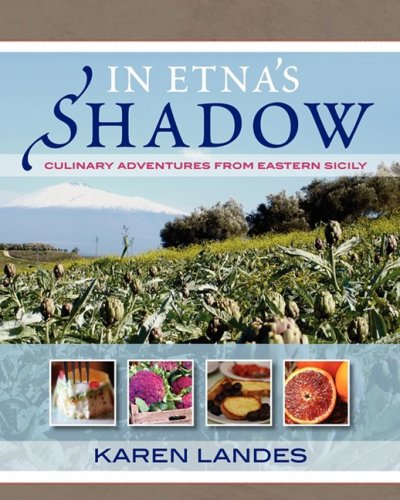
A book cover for In Etna's Shadow: Culinary Adventures from Eastern Sicily; Karen Margaret Landes; Cookbooks, Food & Wine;